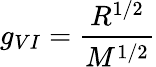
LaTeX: g_{VI}=\frac{R^{1/2}}{M^{1/2}}